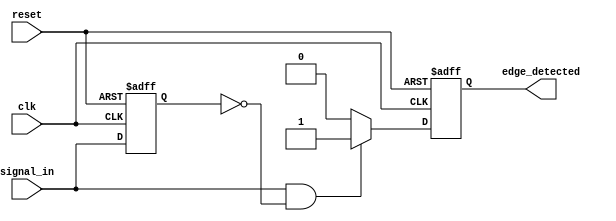
module rising_edge_detector (
    input wire clk,             // Clock signal
    input wire reset,           // Reset signal
    input wire signal_in,       // Input signal to detect rising edge
    output reg edge_detected     // Output signal indicating rising edge detection
);

    reg signal_in_prev;         // Register to hold the previous state of signal_in

    // Always block to sample the input signal on the rising edge of the clock
    always @(posedge clk or posedge reset) begin
        if (reset) begin
            signal_in_prev <= 1'b0; // Initialize previous state to 0 on reset
            edge_detected <= 1'b0;   // Initialize edge_detected to 0 on reset
        end else begin
            // Capture the current state of signal_in
            signal_in_prev <= signal_in;

            // Detect rising edge: current is 1 and previous is 0
            edge_detected <= (signal_in == 1'b1 && signal_in_prev == 1'b0) ? 1'b1 : 1'b0;
        end
    end

endmodule